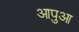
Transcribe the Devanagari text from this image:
आपुआ